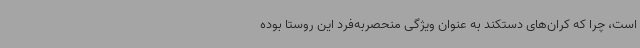
است، چرا که کران‌های دستکند به عنوان ویژگی منحصربه‌فرد این روستا بوده